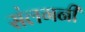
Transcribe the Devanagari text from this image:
संलगनी